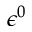
\epsilon ^ { 0 }